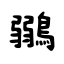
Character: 鶸